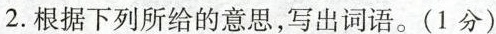
2.根据下列所给的意思，写出词语。（1分）